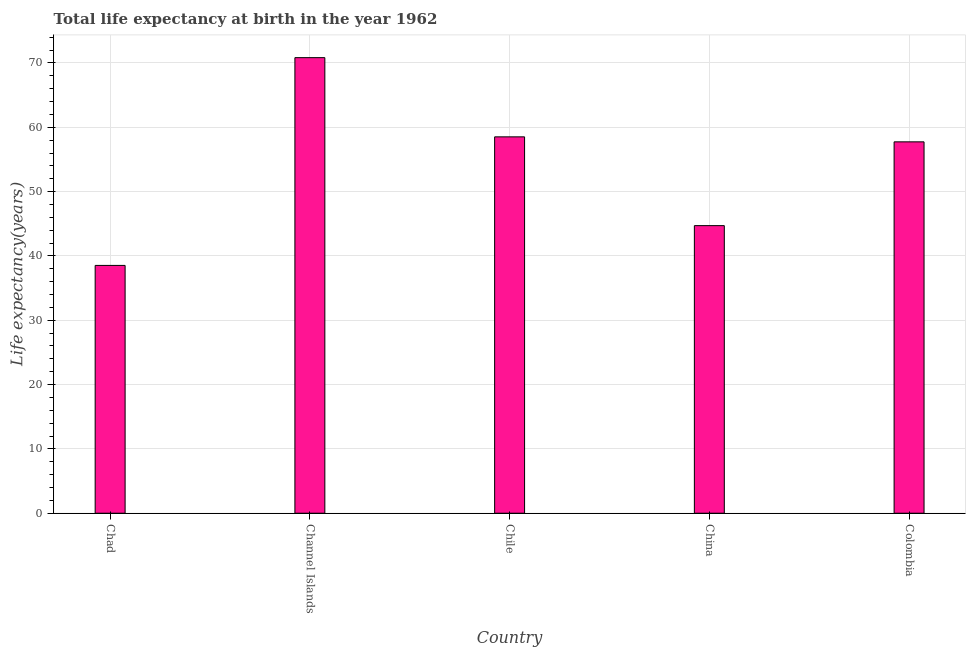
| Country | Life expectancy at birth |
 | --- | --- |
 | Chad | 38.5 |
 | Channel Islands | 70.8 |
 | Chile | 58.5 |
 | China | 44.7 |
 | Colombia | 57.7 |